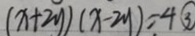
( x + 2 y ) ( x - 2 y ) = 4 \textcircled { 3 }